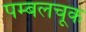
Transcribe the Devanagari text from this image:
पम्बलचूक